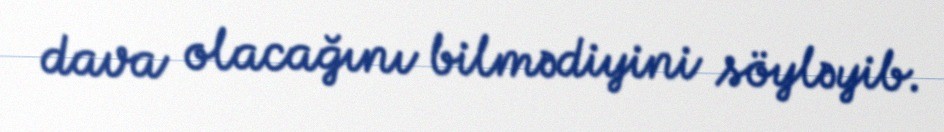
dava olacağını bilmədiyini söyləyib.